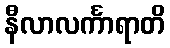
နီလာလင်္ကာရာတိ